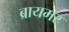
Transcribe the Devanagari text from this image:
ब्रायमर